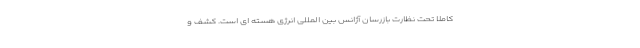
کاملا تحت نظارت بازرسان آژانس بین المللی انرژی هسته ای است. کشف و